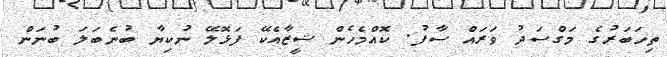
ތިހަބަރުގެ މަގްސަދު ވަރައް ސާފު. ކޮއްމެހެން ޝީޒާއެކޭ ފަޅޮލޭ ނުކިޔާ ބުނެބަލަ ބުނަން